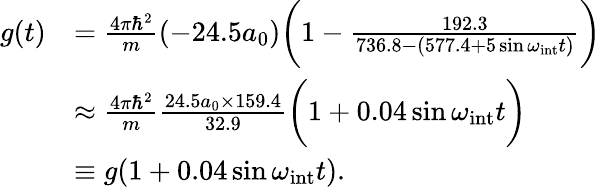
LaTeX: \begin{array}{rl}{g(t)}&{=\frac{4\pi\hbar^{2}}{m}(-24.5a_{0})\bigg(1-\frac{192.3}{736.8-(577.4+5\sin\omega_{\mathrm{int}}t)}\bigg)}\\ &{\approx\frac{4\pi\hbar^{2}}{m}\frac{24.5a_{0}\times 159.4}{32.9}\bigg(1+0.04\sin\omega_{\mathrm{int}}t\bigg)}\\ &{\equiv g(1+0.04\sin\omega_{\mathrm{int}}t).}\end{array}